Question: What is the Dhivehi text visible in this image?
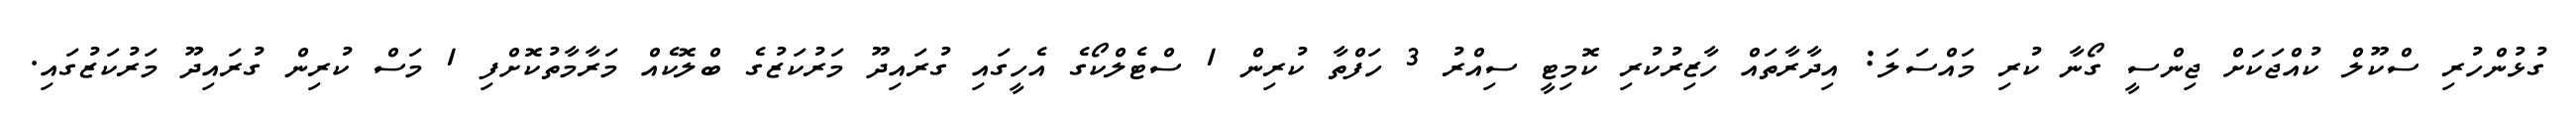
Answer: ގުޅުންހުރި ސްކޫލް ކުއްޖަކަށް ޖިންސީ ގޯނާ ކުރި މައްސަލަ: އިދާރާތައް ހާޒިރުކުރި ކޮމިޓީ ސިއްރު 3 ހަފްތާ ކުރިން 1 ސްޓެލްކޯގެ އެހީގައި ގުރައިދޫ މަރުކަޒުގެ ބްލޮކެއް މަރާމާތުކޮށްފި 1 މަސް ކުރިން ގުރައިދޫ މަރުކަޒުގައި.